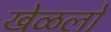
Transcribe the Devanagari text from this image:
खेळलो